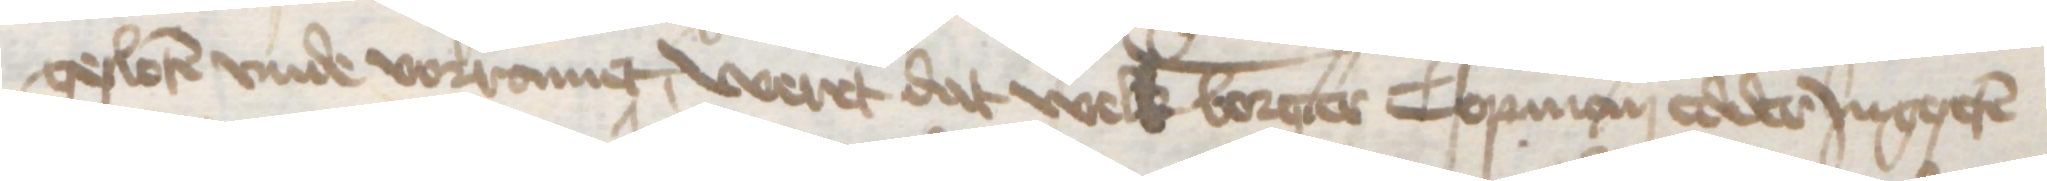
gesloten vnde vorramet, weret dat welk borger Copman edder Jngeseten